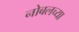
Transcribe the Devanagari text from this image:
नोबलच्या